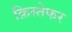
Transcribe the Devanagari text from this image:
क्रिस्तेफर